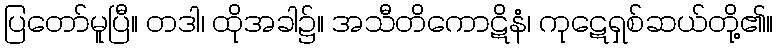
ပြတော်မူပြီ။ တဒါ၊ ထိုအခါ၌။ အသီတိကောဋိနံ၊ ကုဋေရှစ်ဆယ်တို့၏။